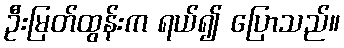
ဦးမြတ်ထွန်းက ရယ်၍ ပြောသည်။